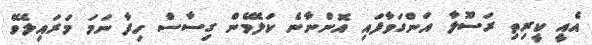
އެއީ ކީރިތި ރަސޫލާ އަންގަވާފައި އޮންނާނެ ކަލޭމެން ގިސާސް ހިފާ ނަމަ މަރައިލެވޭ